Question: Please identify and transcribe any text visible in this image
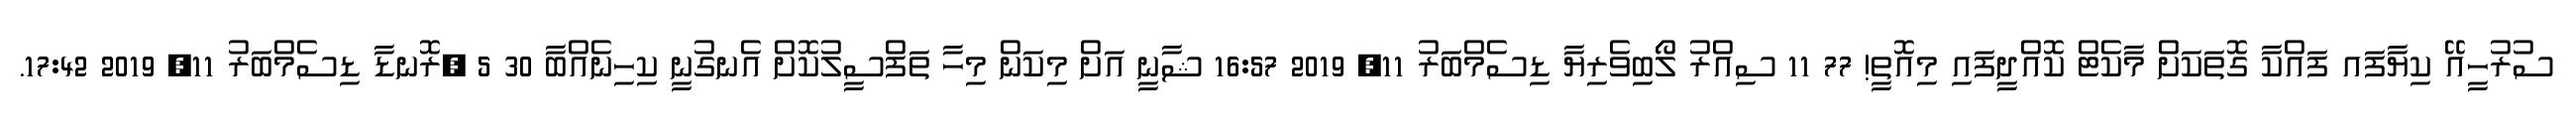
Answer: ސުރުހީއޭ ކިޔާފައ ފައްކާ ގޮތަކަށް މާކެޓް ކޮއްދީފައި މިއޮތީ! 77 11 ސިއްރު ލޯބިވެރިޔާ ޑިސެމްބަރު 11, 2019 16:57 ޝާނީ އަށް މިކަން މިހާ ތަފްސީލުކޮށް އެނގުނީ ކިހިނެއްބާ 30 5 ?ރޮނޑާ ޑިސެމްބަރު 11, 2019 17:42.